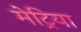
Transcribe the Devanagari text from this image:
मेट्रिया